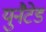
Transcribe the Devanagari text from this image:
युनैटेड